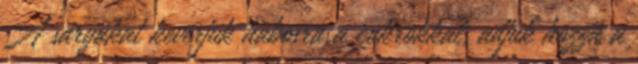
A sárgákat keverjük habosra a cukrokkal, adjuk hozzá a